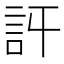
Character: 𧥪